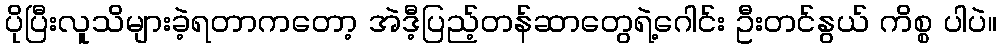
ပိုပြီးလူသိများခဲ့ရတာကတော့ အဲဒီ့ပြည့်တန်ဆာတွေရဲ့ဂေါင်း ဦးတင်နွယ် ကိစ္စ ပါပဲ။